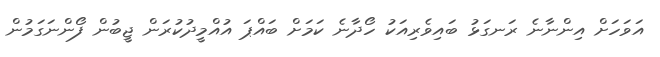
އަވަހަށް އިންނާނެ ރަނގަޅު ބައިވެރިއަކު ހޯދާނެ ކަމަށް ބައްޕަ އުއްމީދުކުރަން ޖީބުން ފޯންނަގަމުން